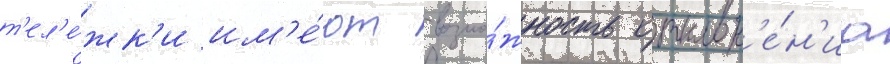
т'ел'е́жк'и им'е́ют возмо́жность отклон'е́н'иа